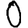
Digit: 0